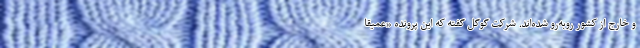
و خارج از کشور روبه‌رو شده‌اند. شرکت گوگل گفته که این پرونده «عمیقا